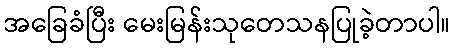
အခြေခံပြီး မေးမြန်းသုတေသနပြုခဲ့တာပါ။